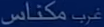
مکناس غرب